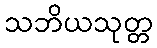
သဘိယသုတ္တ